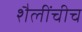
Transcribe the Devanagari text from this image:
शैलींचीच